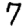
Digit: 7